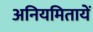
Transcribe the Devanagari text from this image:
अनियमितायें